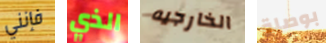
فإنني الذي الخارجيه بوصلة